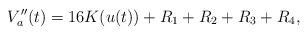
LaTeX: \begin{align*}V''_a(t)=16 K(u(t)) + R_1 +R_2+R_3 + R_4,\end{align*}